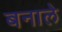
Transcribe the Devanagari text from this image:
बनाले